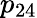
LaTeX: p_{24}